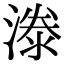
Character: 漛